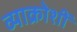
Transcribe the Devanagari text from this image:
व्याक्रोशीं